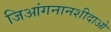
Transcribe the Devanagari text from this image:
जिआंगनानशीदाओ